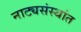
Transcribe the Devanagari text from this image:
नाट्यसंस्थांत